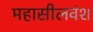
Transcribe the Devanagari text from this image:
महासीलवंश